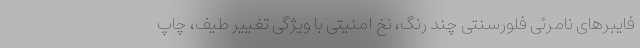
فایبرهای نامرئی فلورسنتی چند رنگ، نخ امنیتی با ویژگی تغییر طیف، چاپ